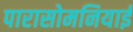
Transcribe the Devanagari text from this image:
पारासोमनियाई